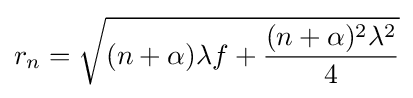
r_{n}={\sqrt {(n+\alpha )\lambda f+{\frac {(n+\alpha )^{2}\lambda ^{2}}{4}}}}